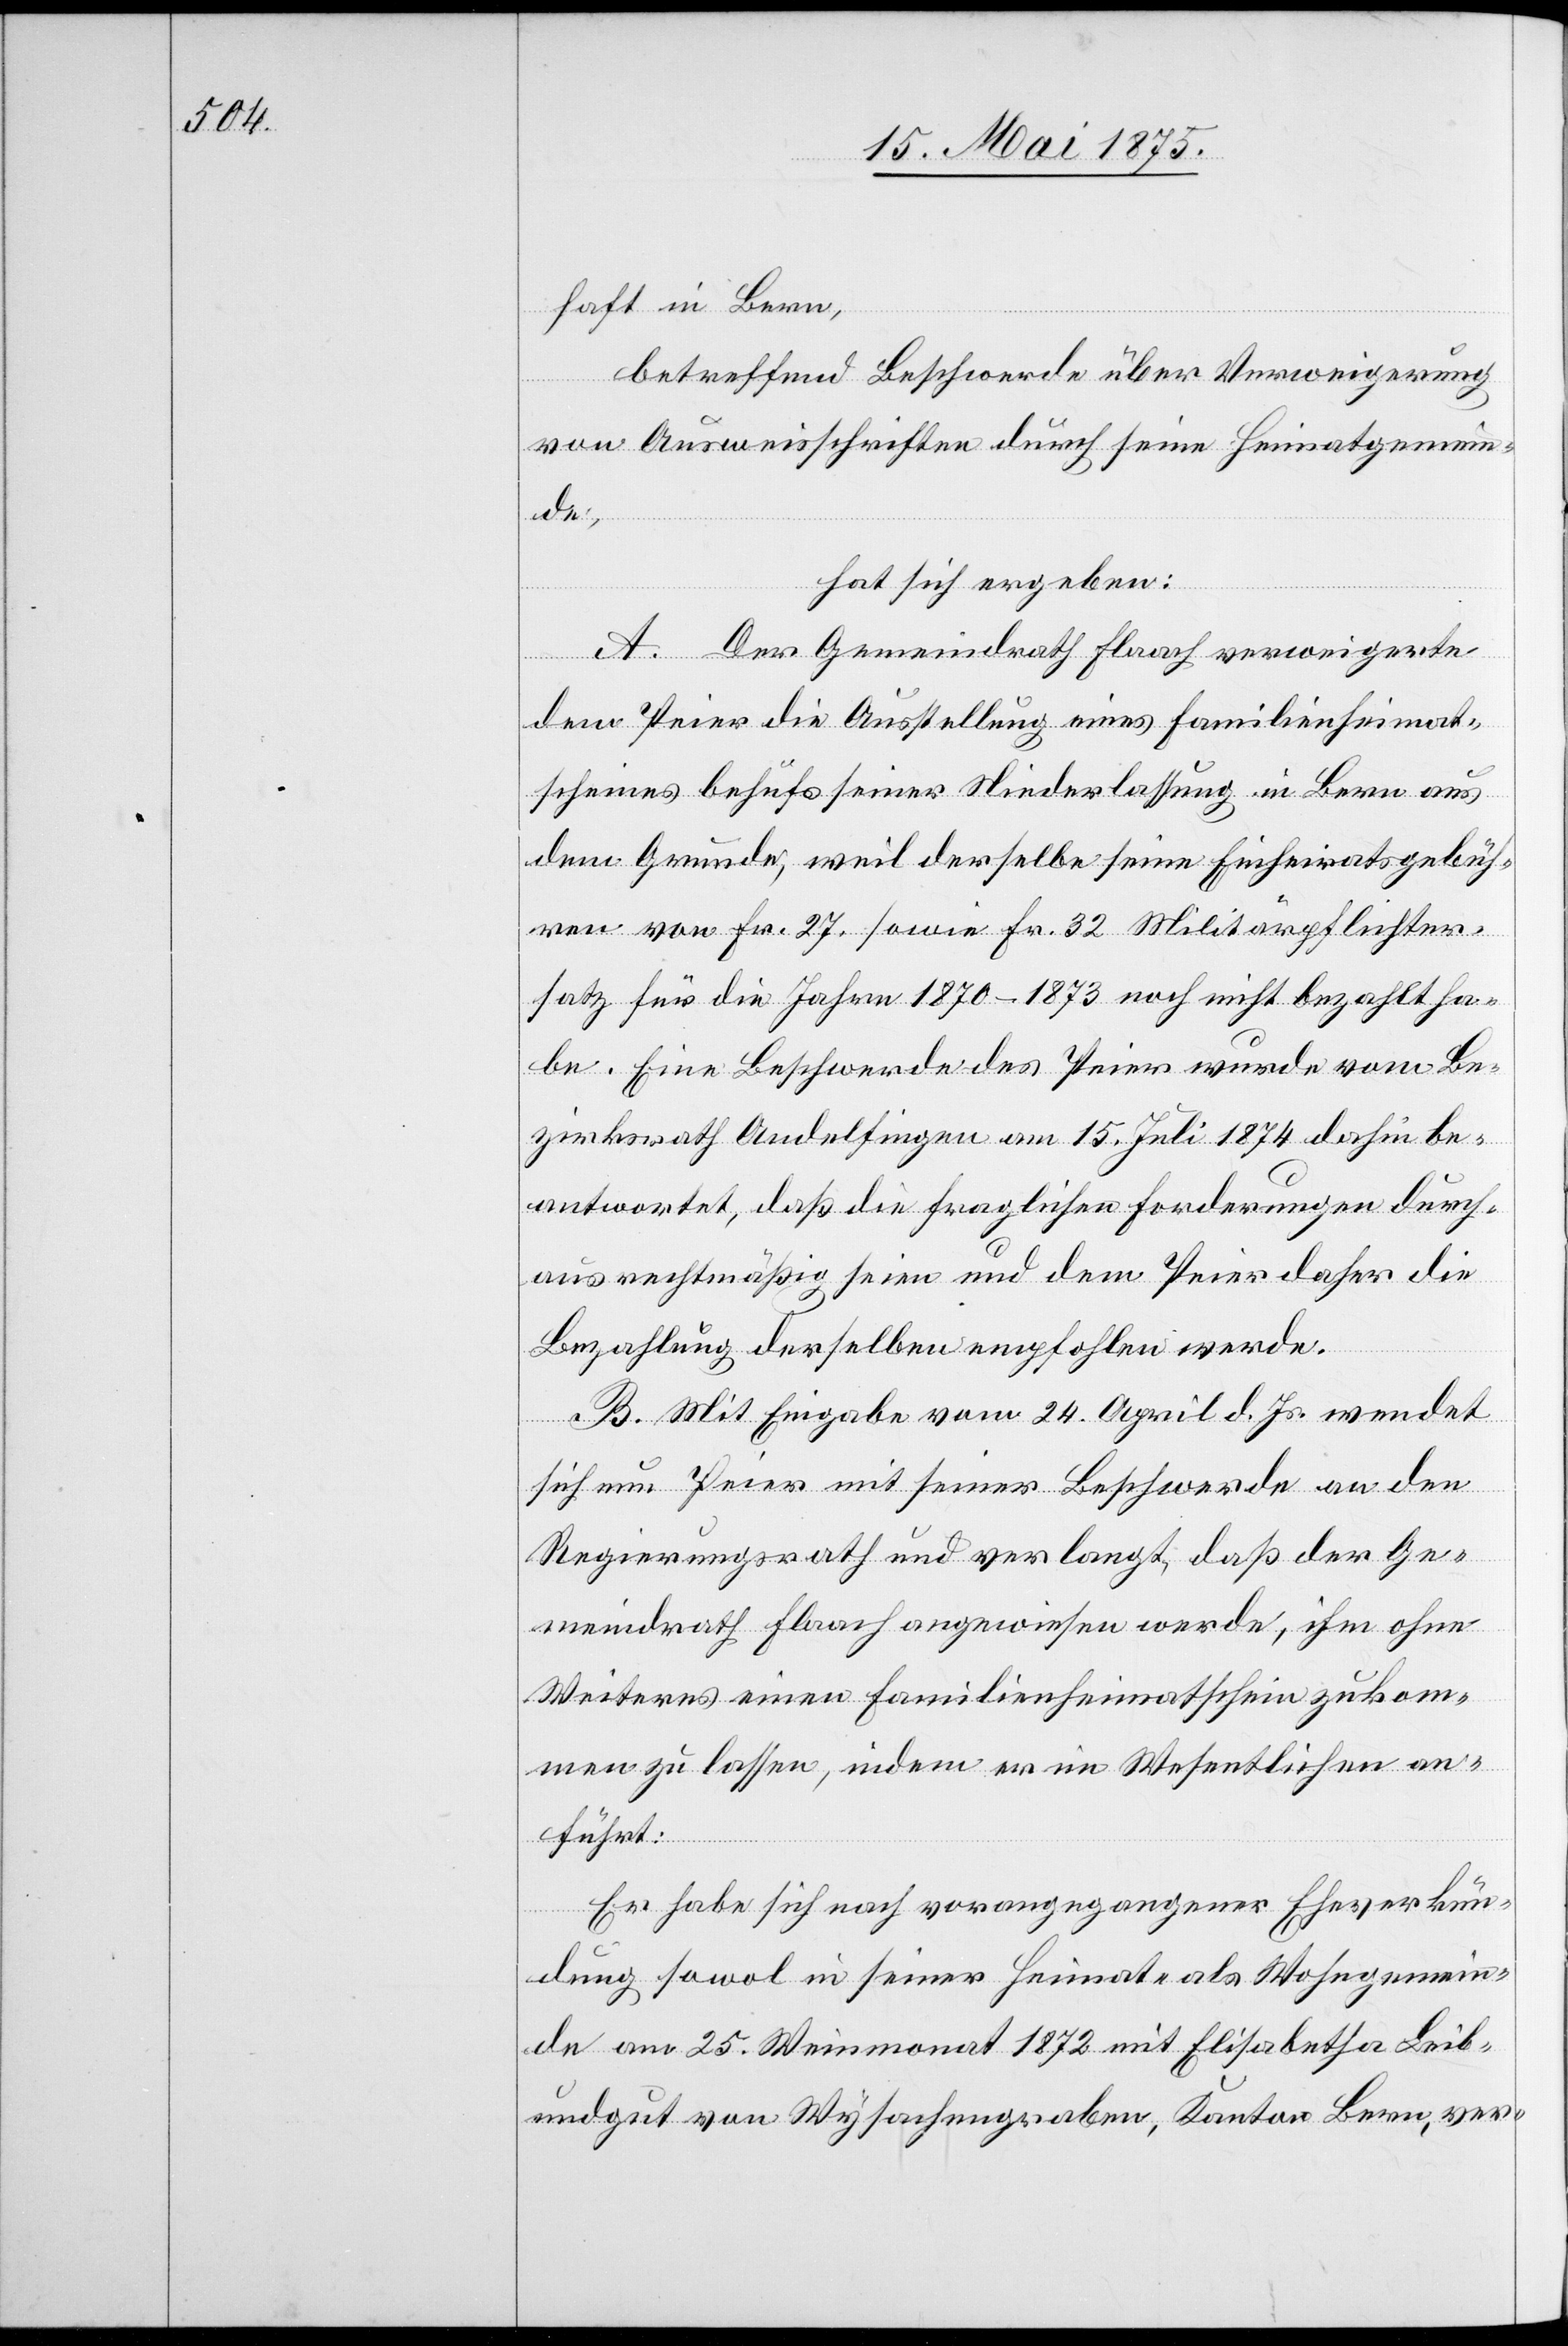
haft in Bern,
betreffend Beschwerde über Verweigerung
von Ausweisschriften durch seine Heimatgemein¬
de,
hat sich ergeben:
A. Der Gemeindrath Flaach verweigerte
dem Peier die Ausstellung eines Familienheimat¬
scheines behufs seiner Niederlassung in Bern aus
dem Grund, weil derselbe seine Einheiratsgebüh¬
ren von Fr. 27 sowie Fr. 32 Militärpflichter¬
satz für die Jahre 1870–1873 noch nicht bezahlt ha¬
be. Eine Beschwere des Peier wurde vom Be¬
zirksrath Andelfingen am 15. Juli 1874 dahin be¬
antwortet, daß die fraglichen Forderungen durch¬
aus rechtmäßig seien und dem Peier daher die
Bezahlung derselben empfohlen werde.
B. Mit Eingabe vom 24. April d. Js. wendet
sich nun Peier mit seiner Beschwerde an den
Regierungsrath und verlangt, daß der Ge¬
meindrath Flaach angewiesen werde, ihm ohne
Weiteres einen Familienheimatschein zukom¬
men zu lassen, indem er im Wesentlichen an¬
führt:
Er habe sich nach vorangegangener Eheverkün¬
dung sowol in seiner Heimat- als Wohngemein¬
de am 25. Weinmonat 1872 mit Elisabetha Leib¬
undgut von Wysachengraben, Kanton Bern, ver-